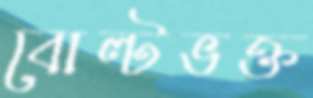
বোল্টভক্ত